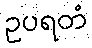
ဥပရတံ